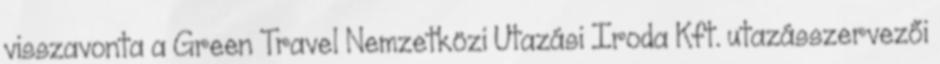
visszavonta a Green Travel Nemzetközi Utazási Iroda Kft. utazásszervezői